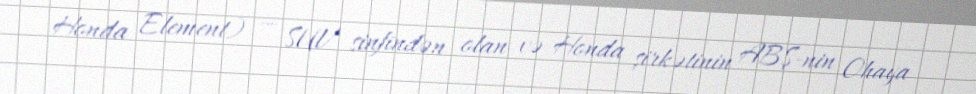
Honda Element) — SUV sinfindən olan və Honda şirkətinin ABŞ-nin Ohaya